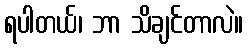
ရပါတယ်၊ ဘာ သိချင်တာလဲ။